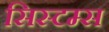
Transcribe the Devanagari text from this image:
सिस्‍टम्स